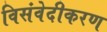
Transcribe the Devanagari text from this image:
विसंवेदीकरण